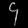
Digit: ၄